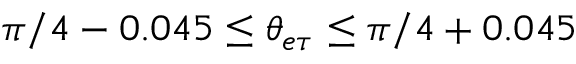
\pi / 4 - 0 . 0 4 5 \leq \theta _ { e \tau } \leq \pi / 4 + 0 . 0 4 5